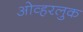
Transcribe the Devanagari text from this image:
ओव्हरलुक